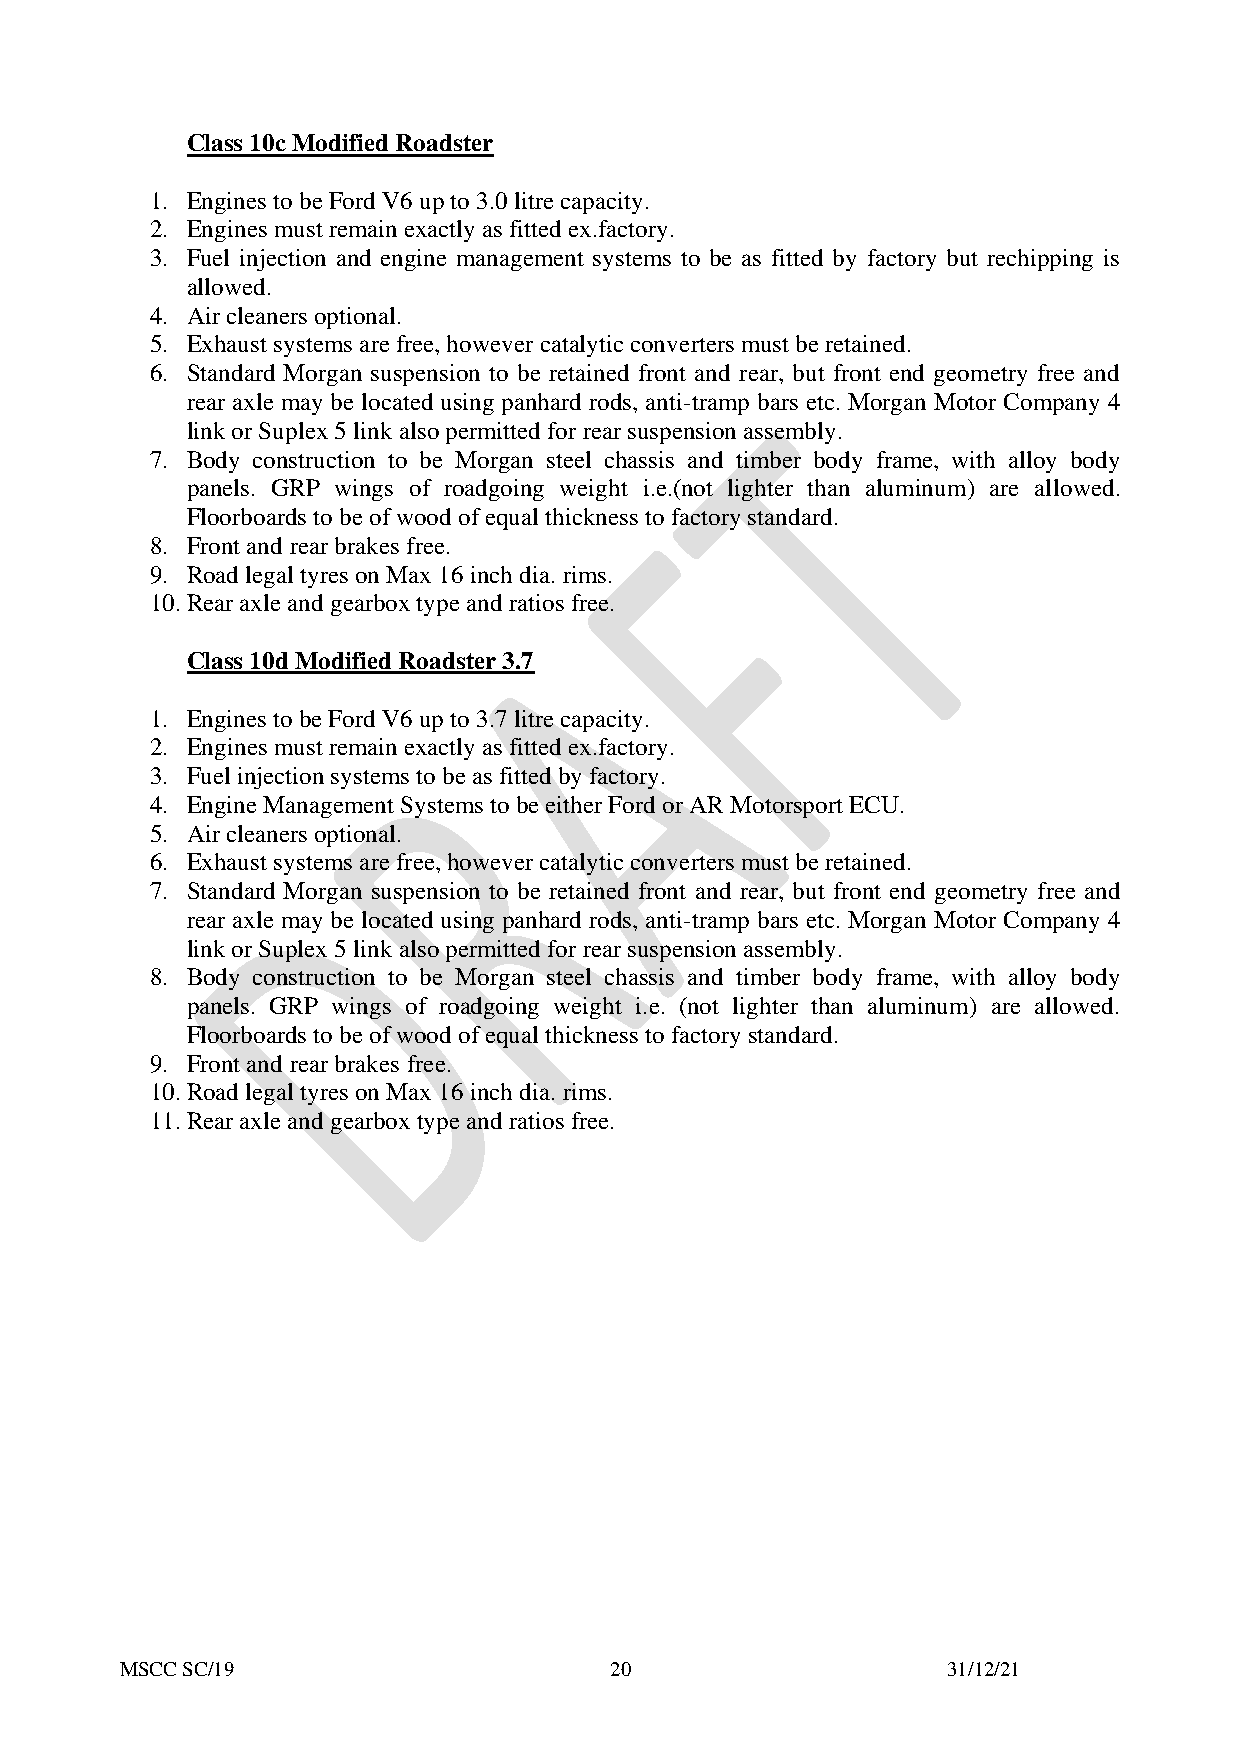
Class 10c Modified Roadster
 1. Engines to be Ford V6 up to 3.0 litre capacity.
 2. Engines must remain exactly as fitted ex.factory.
 3. Fuel injection and engine management systems to be as fitted by factory but rechipping is
 allowed.
 4. Air cleaners optional.
 5. Exhaust systems are free, however catalytic converters must be retained.
 6. Standard Morgan suspension to be retained front and rear, but front end geometry free and
 rear axle may be located using panhard rods, anti-tramp bars etc. Morgan Motor Company 4
 link or Suplex 5 link also permitted for rear suspension assembly.
 7. Body construction to be Morgan steel chassis and timber body frame, with alloy body
 panels. GRP wings of roadgoing weight i.e.(not lighter than aluminum) are allowed.
 Floorboards to be of wood of equal thickness to factory standard.
 8. Front and rear brakes free.
 9. Road legal tyres on Max 16 inch dia. rims.
 10. Rear axle and gearbox type and ratios free.
 Class 10d Modified Roadster 3.7
 1. Engines to be Ford V6 up to 3.7 litre capacity.
 2. Engines must remain exactly as fitted ex.factory.
 3. Fuel injection systems to be as fitted by factory.
 4. Engine Management Systems to be either Ford or AR Motorsport ECU.
 5. Air cleaners optional.
 6. Exhaust systems are free, however catalytic converters must be retained.
 7. Standard Morgan suspension to be retained front and rear, but front end geometry free and
 rear axle may be located using panhard rods, anti-tramp bars etc. Morgan Motor Company 4
 link or Suplex 5 link also permitted for rear suspension assembly.
 8. Body construction to be Morgan steel chassis and timber body frame, with alloy body
 panels. GRP wings of roadgoing weight i.e. (not lighter than aluminum) are allowed.
 Floorboards to be of wood of equal thickness to factory standard.
 9. Front and rear brakes free.
 10. Road legal tyres on Max 16 inch dia. rims.
 11. Rear axle and gearbox type and ratios free.
 MSCC SC/19                      20                     31/12/21